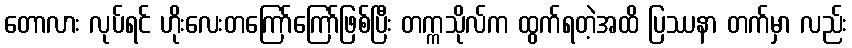
တောလား လုပ်ရင် ဟိုးလေးတကြော်ကြော်ဖြစ်ပြီး တက္ကသိုလ်က ထွက်ရတဲ့အထိ ပြဿနာ တက်မှာ လည်း